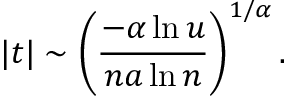
| t | \sim \left( { \frac { - \alpha \ln u } { n a \ln n } } \right) ^ { 1 / \alpha } .